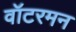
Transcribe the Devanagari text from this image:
वॉटरमन